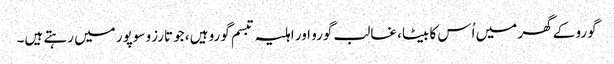
گورو کے گھر میں اُس کا بیٹا، غالب گورو اور اہلیہ تبسم گورو ہیں، جو تارزو سوپور میں رہتے ہیں۔